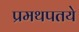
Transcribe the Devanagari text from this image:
प्रमथपतये